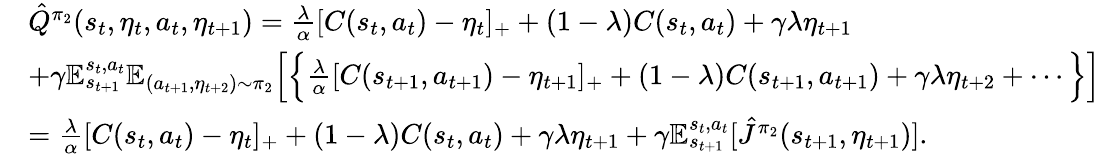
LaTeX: \begin{array}{rl}&{\hat{Q}^{\pi_{2}}(s_{t},\eta_{t},a_{t},\eta_{t+1})=\frac{\lambda}{\alpha}[C(s_{t},a_{t})-\eta_{t}]_{+}+(1-\lambda)C(s_{t},a_{t})+\gamma\lambda\eta_{t+1}}\\ &{+\gamma\mathbb{E}_{s_{t+1}}^{s_{t},a_{t}}\mathbb{E}_{(a_{t+1},\eta_{t+2})\sim\pi_{2}}\Big[\Big\{ \frac{\lambda}{\alpha}[C(s_{t+1},a_{t+1})-\eta_{t+1}]_{+}+(1-\lambda)C(s_{t+1},a_{t+1})+\gamma\lambda\eta_{t+2}+\cdots\Big\} \Big]}\\ &{=\frac{\lambda}{\alpha}[C(s_{t},a_{t})-\eta_{t}]_{+}+(1-\lambda)C(s_{t},a_{t})+\gamma\lambda\eta_{t+1}+\gamma\mathbb{E}_{s_{t+1}}^{s_{t},a_{t}}[\hat{J}^{\pi_{2}}(s_{t+1},\eta_{t+1})].}\end{array}